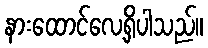
နားထောင်လေ့ရှိပါသည်။